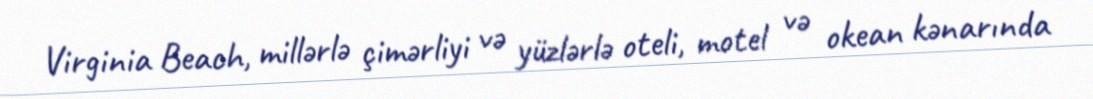
Virginia Beach, millərlə çimərliyi və yüzlərlə oteli, motel və okean kənarında